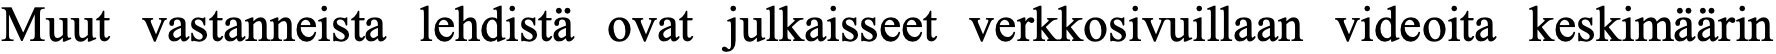
Muut vastanneista lehdistä ovat julkaisseet verkkosivuillaan videoita keskimäärin